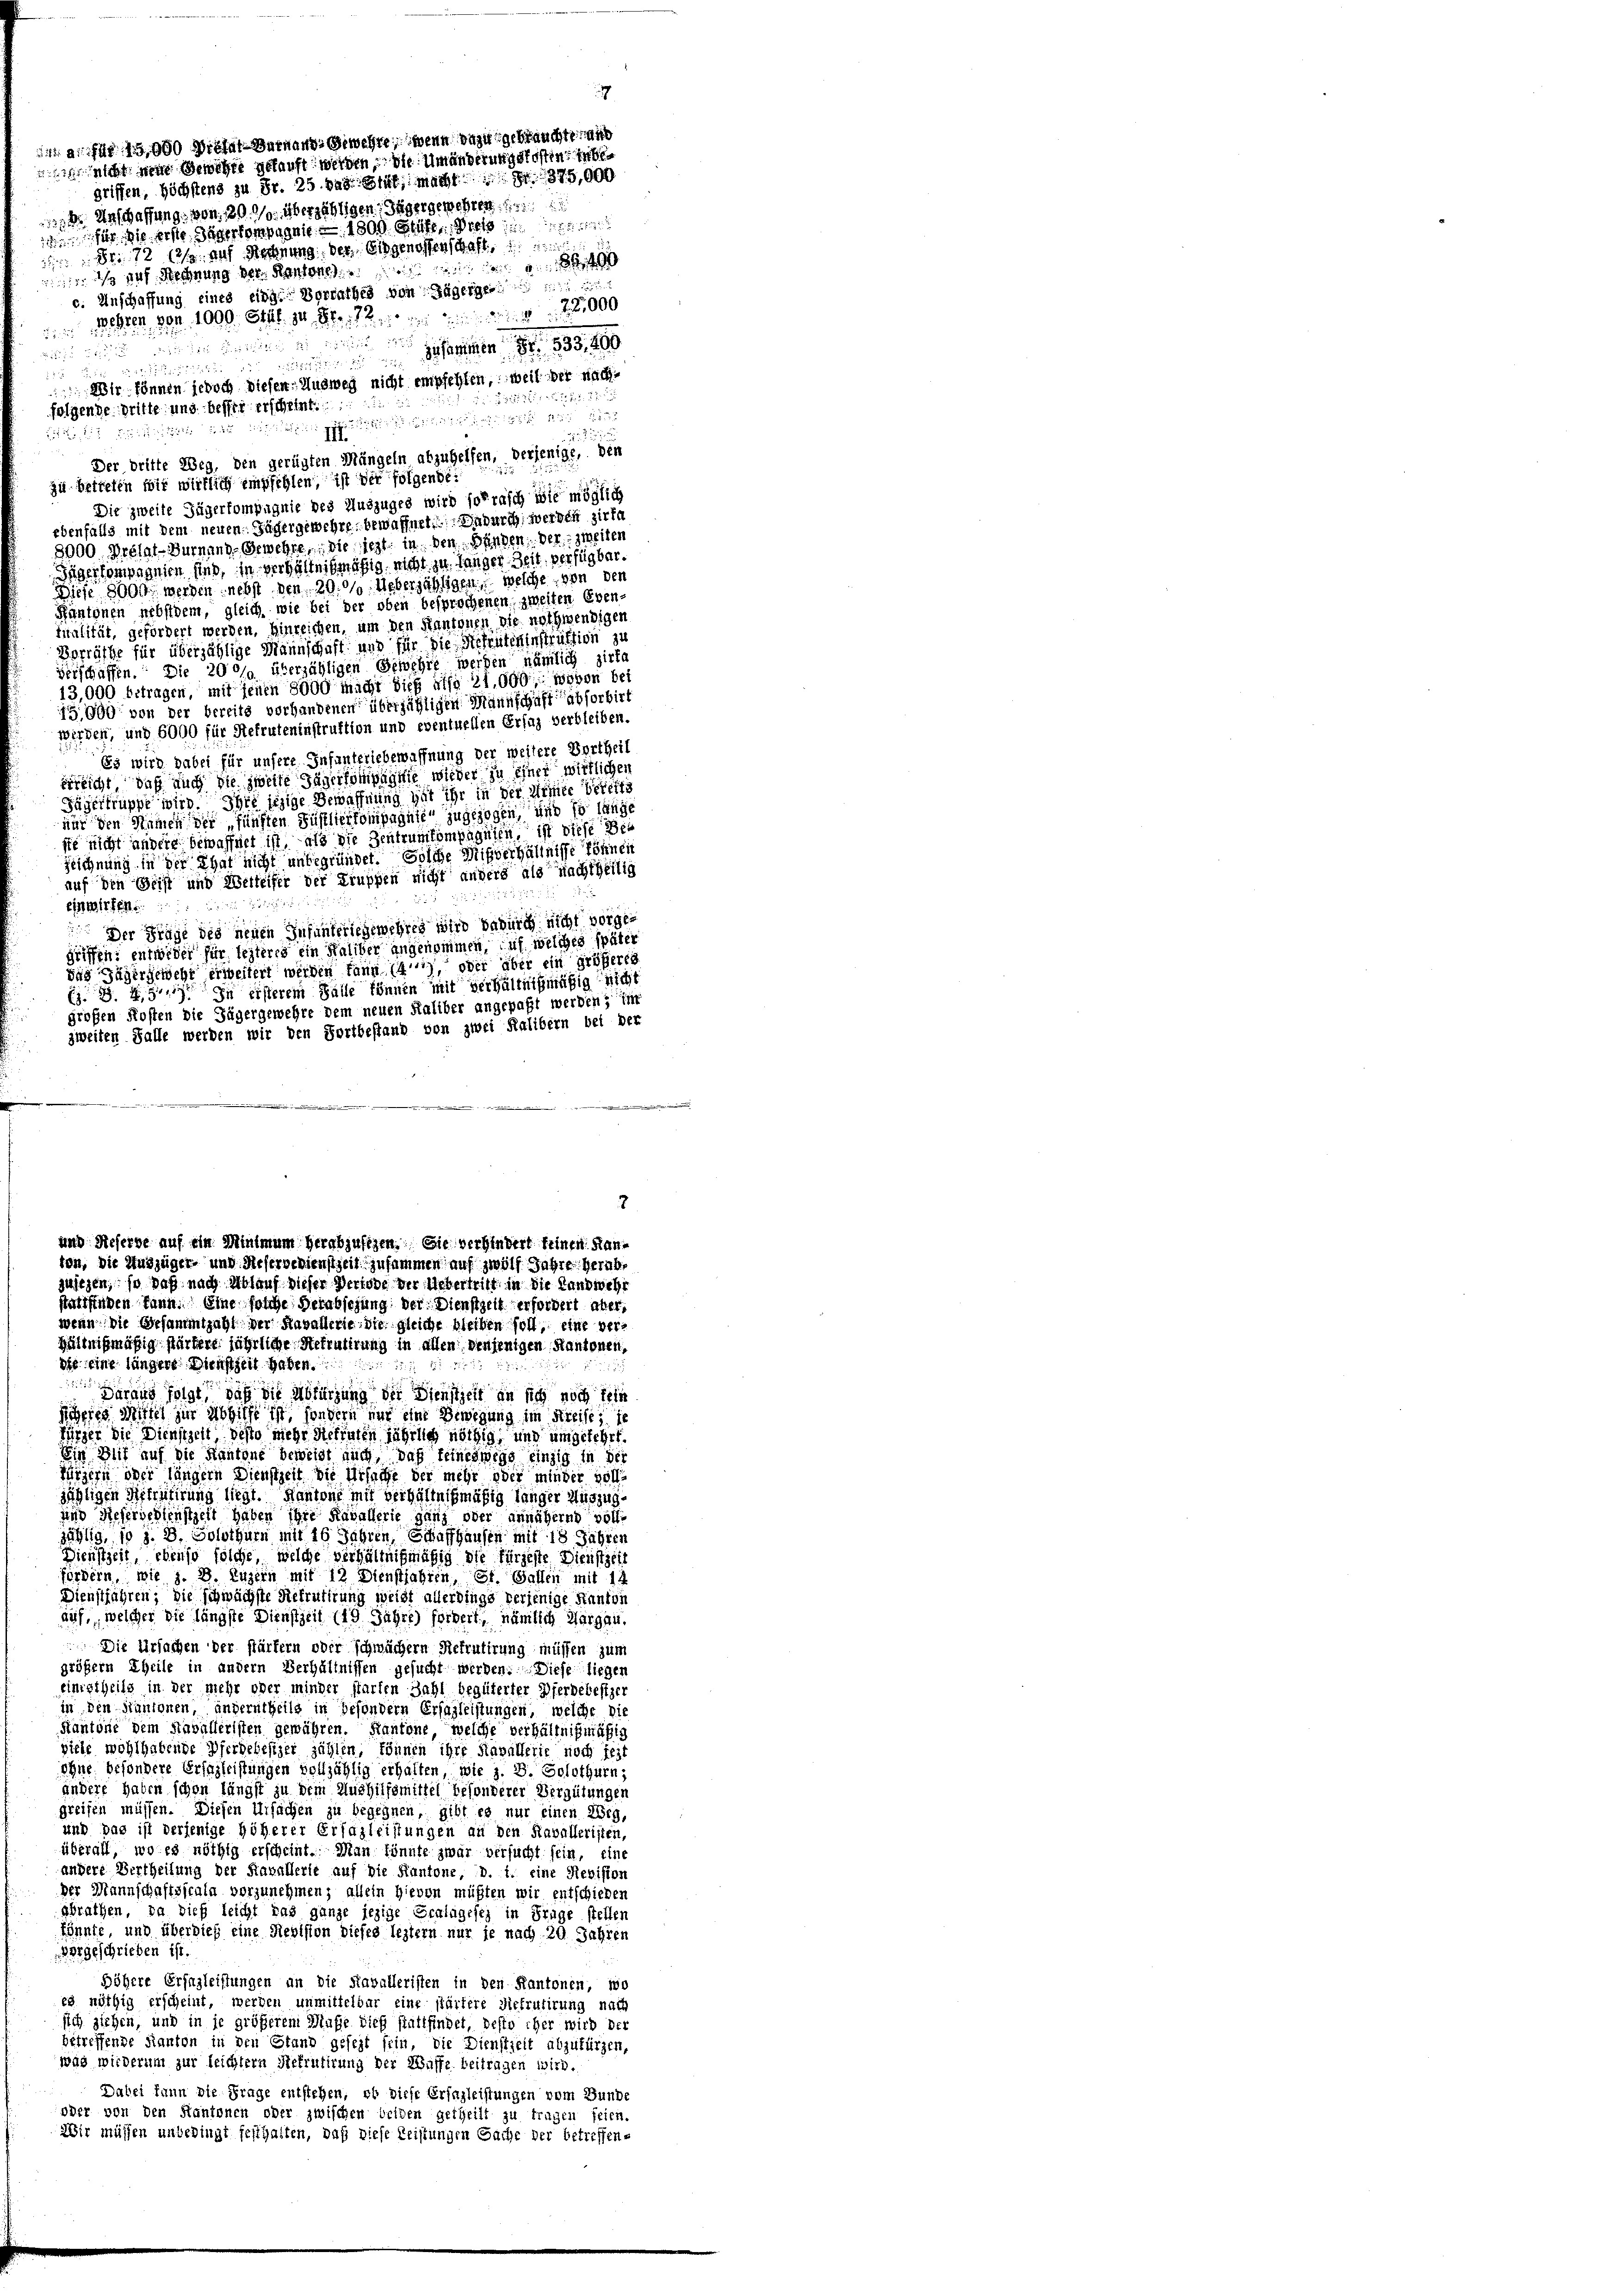
Anschaffung von 29. 10. überzähligen Jäger gewehren
1 für die erste Jägerkompagnie 1800. Stufe, Pre
 dr. 72 (2/2 auf Rechnung: der Eidgenossenschaft,
  auf Rechnung der Kantone an
 Jean Fr. 505, 190
r

de sei de
Wir können jedoch diesen Ausweg nicht empfehlen, weil der nach¬
231. v. 1885. 27
e
folgende Dritte und helfer erscheint.
 des Kaisen und einen und ich
257
Der dritte Weg, den gerügten Mängeln abzuhelfen, derjenige, den
zu betreten wir wirklich empfehlen, ist der folgende:
Die zweite Fügerkompagnie des Auszuges wird so rasch wie möglich
ebenfalls mit dem neuen Jäger gewehre bewaffnet. Dadurch werden zirka
8000 Prohal-Turnande Gewehre, die siegt, in den Händen der zweiten
Gigerkompagnien sind, in verhältnismäsig nicht zu langer Zeit verfügten.
Diese 8000. werden nebst den 20.000. Ueberjährigen, welche, von den
üntonen nebstdem, gleich wie bei der oben besprochenen zweiten Eventualität, gefördert werden, hinreichen, um den Kantonen sie nothwendigen
Borräthe für überzählige Mannschaft und für die Stileuteninstruktion zu
verschaffen. Die 200/9 überzähligen Gewehre werden nämlich zirka
13,000 betragen, mit jenen 8000 macht dies also 21,000, wovon bei
15,000 von der bereits vorhandenen überzähligen Mannschaft absorbirt
werden, und 6000 für Refruteninstruktion und eventuellen Ersaz verbleiben.
Es wird dabei für unsere Infanteriebewaffnung der weitere Vertheil
erreicht, daß auch die zweite Jägerkompagnie wieder zu einer wirklichen
Fägertruppe wird. Ihre jezige Bewaffnung hat ihr in der Miner bereits
nur den Namen der fünften Füsilierkompagnie zugezogen, und so länge
ste nicht andere bewaffnet ist, als die Zentrunkompagnien, ist diese Bezeichnung in der That nicht unbegründet. Solche Mißverhältnisse Löhnen
auf den Geist und Werteifer der Truppen nicht andere als nachtheilig
i
einwirken.
 Der Frage des neuen Infunteriegewehres wird dadurch nicht vorgegriffen: entweder für lezteres ein Haliber angenommen, auf welches später
das Jägergewehr erweitert werden kann (a), oder aber ein größeres
Es 3. 49. In ersterem Falle können mit verhältnißmäßig nicht
großen Kosten die Jägergewehre dem neuen Haliber angepaßt werden; in
zweiten Falle werden wir den Fortbestand von zwei Ralibern bei der

2

c. Anschaffung eines eidg. Vorrathes von Dägerge
 ehren von 1000 ettl zu Fr. 12000

7
a für 1900 Prohal-Darnaud-Gewehre, wenn dazu gebrauchte and
 nicht eine Gewehre gekauft werden, die Umänderungskosten inbegriffen, höchstens zu Fr. 25. vad Blut, macht 375,000

2
und Reserbe auf ein Minimum herrbjuftzen. Sie verhindert feinen Kanton, Die Auszüger- und Referbedienstzeit zusammen auf zwölf Jahre herübe
justzen, so daß nach Ablauf dieser Verlobe der Uebertritt in die Landwehr
stattfinden kann. Eine solche Verabsehung der Dienstzeit erfordert aber
wenn die Gesammtzahl der Kavallerie die gleiche bleiben soll, eine verhältnißmäßig stärkere jährliche Stelrutirung in allen denjenigen Kantonen,
die eine längere Dienstzeit haben.

Grand folgt, daß die Abkürzung der Dienstzeit an sich noch kein
Sicheres Mittel zur Abhilfe ist, sondern nur eine Bewegung im Kreise, je
Jürger die Dienstzeit desto mehr Refraten jährlich nöthig, und umgekehrt.
Ein Mit auf die Kantone beweist auch, das feineswegs einzig in der
Jürgern oder längern Dienstzeit die Ursache der mehr oder minder voll-
jähligen Siffretirung liegt. Kantone mit verhältnißmäßig länger Auszug
und Referbedienstzeit haben ihre Kavallerie ganz oder annähern volle
sählig, so z. B. Solothurn mit 16 Jahren, Schaffhausen mit 18 Jahren
Dienstzeit, ebenso solche, welche verhältnißmäßig die fürzeste Dienstzeit
fördern, wie z. B. Luzern mit 12 Dienstjahren St. Gallen mit 14
Dienstjahren; die schwächste Rekrutirung weißt allerdings verjenige Kanton
auf, welcher die längste Dienstzeit (19 Jahre) fordert, nämlich Margau.
 Die Ursachen der stärkern oder schwächern Rekrutirung müssen zum
größern Theile in andern Verhältnissen gesucht werden. Diese liegen
Eimgtheils in der mehr ober minder starten Zahl begüterter Pferdebesizer
in den Kantonen angerutheils in besondern Erfagleistungen, welche die
Kantone dem Havalleristen gewähren. Kantone, welche verhältnißmäßig
ziele wohlhabende Pferdebesizer zählen, können ihre Kasallerie noch jezt
ohne besondere Erschleistungen volljählig erhalten, wie z. B. Solothurn,
ändere haben schon längst zu dem Aushilfsmittel besonderer Vergütungen
greifen müssen. Diesen Ursachen zu begegnen, gibt es nur einen Weg,
und das ist derjenige höherer Erfazleistungen an den Kavalleristen
überall, wo es nöthig erscheint. Man könnte zwar versucht sein, eine
andere Vertheilung der Kavallerte auf die Kantone, d. 1. eine Revision
Der Mannschaftsscala vorzunehmen; allein hievon müßten wir entschieden
abrathen, da dieß leicht das ganze jezige Scalagesez in Frage stellen
könnte, und überdieß eine Revision dieses leztern nur je nach 20 Jahren
rgeschrieben ist
höhere Ersazleistungen an die Kavalleristen in den Kantonen, wo
es nöthig erscheint, werden unmittelbar eine stärtere Siefrutirung nach
sich ziehen, und in je größerem Muße dieß stattfindet, desto eher wird der
betreffende Kanton in den Stand gesezt sein, die Dienstzeit abzufürgen,
wag wiederum zur leichtern Rekrutirung der Waffe beitragen wird.
Dabei kann die Frage entstehen, ob diese Ersazleistungen vom Bunde
oder von den Kantonen oder zwischen beiden getheilt zu tragen seien.
Wir müssen unbedingt festhalten, daß diese Leistungen Sache der betreffen¬